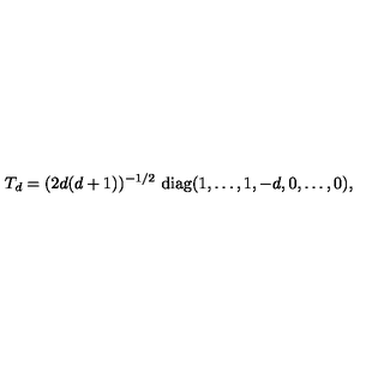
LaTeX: T _ { d } = ( 2 d ( d + 1 ) ) ^ { - 1 / 2 } \ \mathrm { d i a g } ( 1 , \ldots , 1 , - d , 0 , \ldots , 0 ) ,